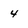
Character: 4